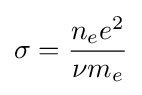
\sigma ={n_{e}e^{2} \over \nu m_{e}}